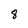
Character: 8